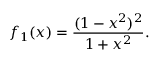
f _ { 1 } ( x ) = \frac { ( 1 - x ^ { 2 } ) ^ { 2 } } { 1 + x ^ { 2 } } .